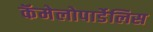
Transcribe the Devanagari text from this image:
कॅमेलोपार्डेलिस